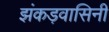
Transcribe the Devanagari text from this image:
झंकड़वासिनी